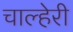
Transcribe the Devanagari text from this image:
चाल्हेरी